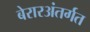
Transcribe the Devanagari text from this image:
बेरारअंतर्गत